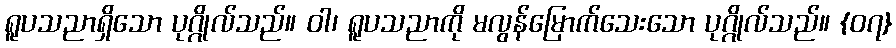
ရူပသညာရှိသော ပုဂ္ဂိုလ်သည်။ ဝါ၊ ရူပသညာကို မလွန်မြောက်သေးသော ပုဂ္ဂိုလ်သည်။ {၀၇}